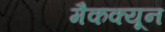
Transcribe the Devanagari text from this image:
मैकक्यून